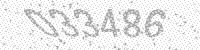
Solution: 033486